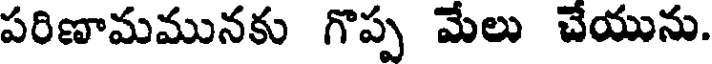
పరిణామమునకు గొప్ప మేలు చేయును.